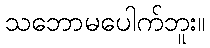
သဘောမပေါက်ဘူး။